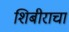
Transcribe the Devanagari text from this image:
शिबीराचा